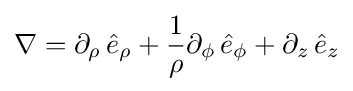
\nabla =\partial _{\rho }\,{\hat {e}}_{\rho }+{\frac {1}{\rho }}\partial _{\phi }\,{\hat {e}}_{\phi }+\partial _{z}\,{\hat {e}}_{z}